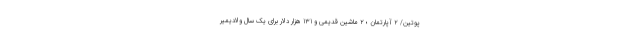
پوتین/ 2 آپارتمان ؛ 2 ماشین قدیمی و 131 هزار دلار برای یک سال ولادیمیر